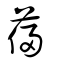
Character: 薓